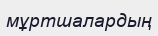
мұртшалардың